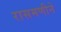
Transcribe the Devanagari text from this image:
रासमणीने